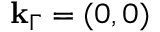
\mathbf { k } _ { \Gamma } = ( 0 , 0 )